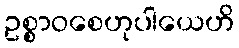
ဥစ္စာဝစေဟုပါယေဟိ